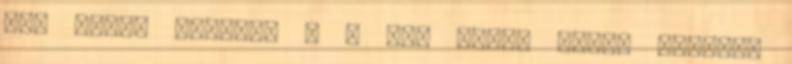
dkg őrölt mandula - 5 dkg őrölt natúr pörkölt